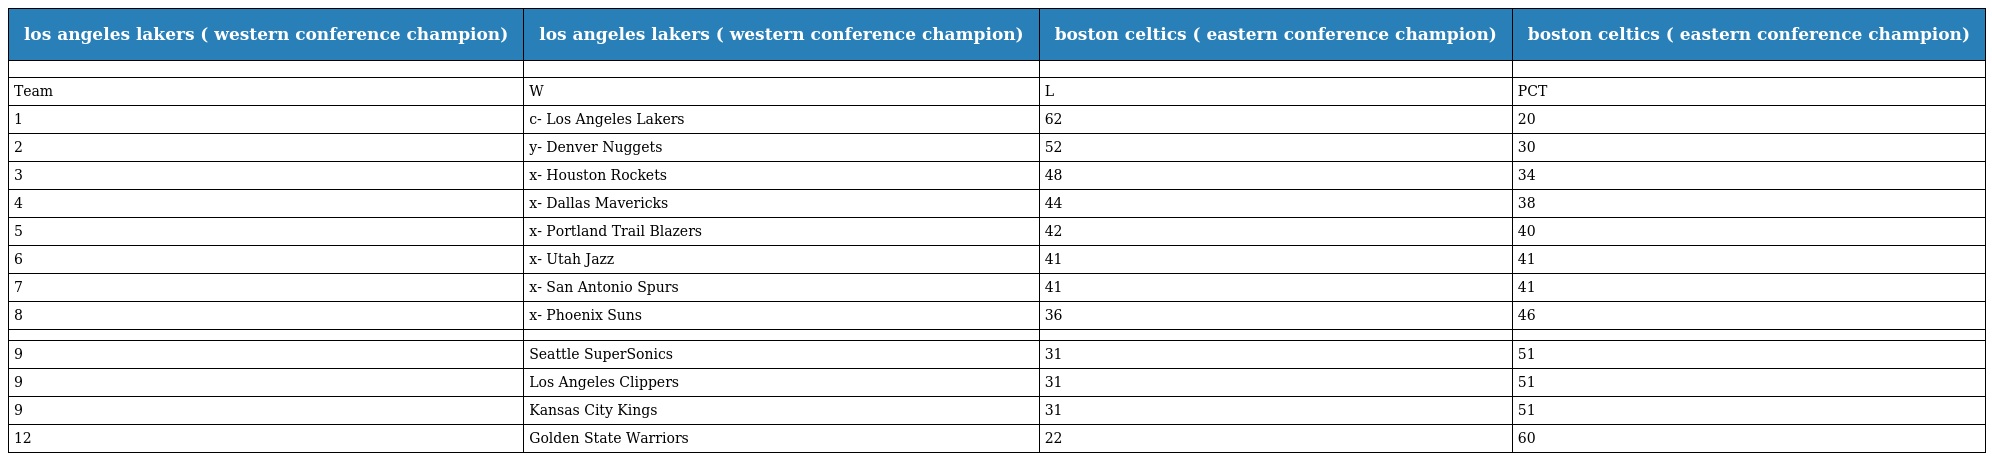
| los angeles lakers ( western conference champion) | los angeles lakers ( western conference champion) | boston celtics ( eastern conference champion) | boston celtics ( eastern conference champion) |
 | --- | --- | --- | --- |
 |  |  |  |  |
 | Team | W | L | PCT |
 | 1 | c- Los Angeles Lakers | 62 | 20 |
 | 2 | y- Denver Nuggets | 52 | 30 |
 | 3 | x- Houston Rockets | 48 | 34 |
 | 4 | x- Dallas Mavericks | 44 | 38 |
 | 5 | x- Portland Trail Blazers | 42 | 40 |
 | 6 | x- Utah Jazz | 41 | 41 |
 | 7 | x- San Antonio Spurs | 41 | 41 |
 | 8 | x- Phoenix Suns | 36 | 46 |
 |  |  |  |  |
 | 9 | Seattle SuperSonics | 31 | 51 |
 | 9 | Los Angeles Clippers | 31 | 51 |
 | 9 | Kansas City Kings | 31 | 51 |
 | 12 | Golden State Warriors | 22 | 60 |